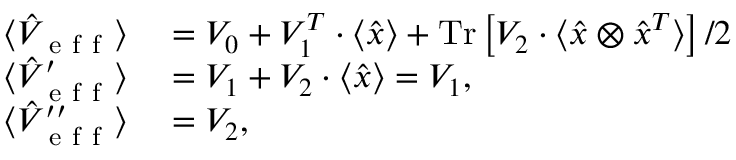
\begin{array} { r l } { \langle \hat { V } _ { \mathrm { ~ e ~ f ~ f ~ } } \rangle } & { { } = V _ { 0 } + V _ { 1 } ^ { T } \cdot \langle \hat { x } \rangle + \operatorname { T r } \left[ V _ { 2 } \cdot \langle \hat { x } \otimes \hat { x } ^ { T } \rangle \right] / 2 } \\ { \langle \hat { V } _ { \mathrm { ~ e ~ f ~ f ~ } } ^ { \prime } \rangle } & { { } = V _ { 1 } + V _ { 2 } \cdot \langle \hat { x } \rangle = V _ { 1 } , } \\ { \langle \hat { V } _ { \mathrm { ~ e ~ f ~ f ~ } } ^ { \prime \prime } \rangle } & { { } = V _ { 2 } , } \end{array}